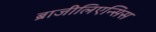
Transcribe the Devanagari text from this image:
ब्राजीलिएन्सिस